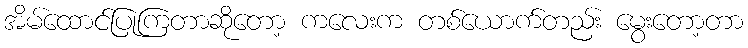
အိမ်ထောင်ပြုကြတာဆိုတော့ ကလေးက တစ်ယောက်တည်း မွေးတော့တာ